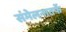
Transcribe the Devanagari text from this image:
संमेलनातर्फे